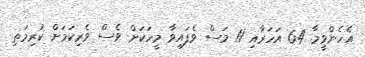
އެހެންވީމާ 64 އަހަރާއި 11 މަސް ވެފައިވާ މީހަކަށް ވެސް ވެރިކަމަށް ކުރިމަތި